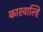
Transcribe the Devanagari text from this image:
कारवाल्हि